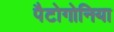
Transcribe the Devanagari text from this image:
पैटोगोनिया